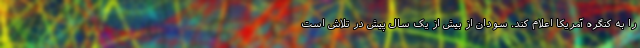
را به کنگره آمریکا اعلام کند. سودان از بیش از یک سال پیش در تلاش است